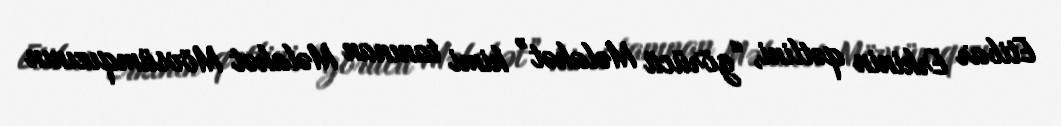
Etibar Erkinin qətlini, “görücü Məlahət” kimi tanınan Məlahət Mövsümqızının